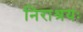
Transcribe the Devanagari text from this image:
निराश्रयः